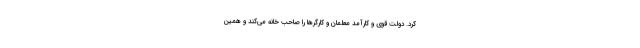
کرد. دولت قوی و کارآمد معلمان و کارگرها را صاحب خانه می‌کند و همین